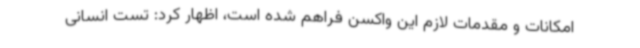
امکانات و مقدمات لازم این واکسن فراهم شده است، اظهار کرد: تست انسانی